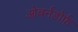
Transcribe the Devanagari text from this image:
ओबर्नडोर्फ़